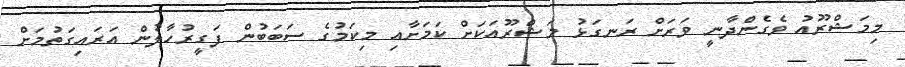
މިމަޝްރޫއު ވެގެންދާނީ ވަރަށް ރަނގަޅު މަޝްރޫއަކަށް ކަމަށާއި މިކަމުގެ ސަބަބުން ފަގީރުހާލުން އަރައިގަތުމަށް